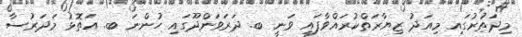
މިދަތުރުގައި މިއަދު ޒިޔާރަތްކުރައްވާފައި ވަނީ ބ. ދަރަވަންދޫގައި ހުންނަ ބ. އަތޮޅު މަދަރުސާ